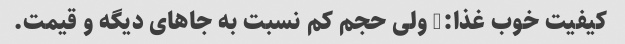
کیفیت خوب غذا:) ولی حجم کم نسبت به جاهای دیگه و قیمت.